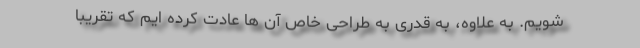
شویم. به علاوه، به قدری به طراحی خاص آن ها عادت کرده ایم که تقریباً